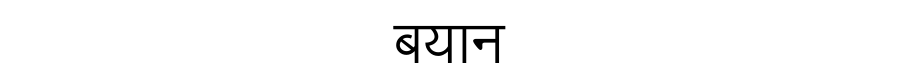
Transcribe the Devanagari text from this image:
बयान